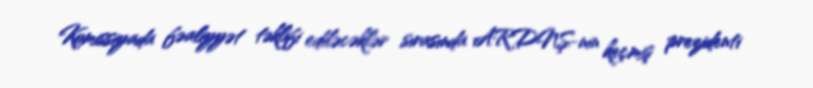
Komissiyada fəaliyyət təklifi ediləcəklər sırasında ARDNŞ-nin keçmiş prezidenti